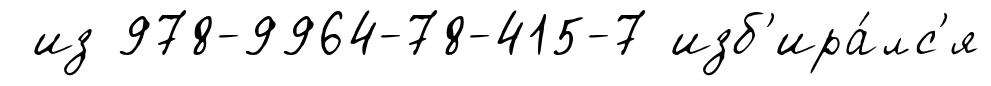
из 978-9964-78-415-7 изб'ира́лс'я